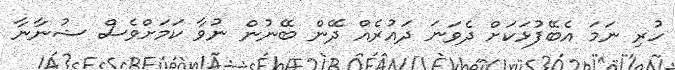
ހުރި ނަމަ އެބޭފުޅަކަށް ދެވަނަ ދައުރެއް ދޭން ބޭނުން ނުވާ ކަމަށްވެސް ޝުނާނާ